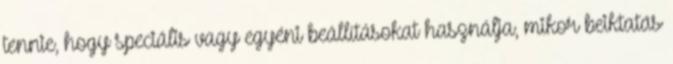
tennie, hogy speciális vagy egyéni beállításokat használja, mikor beiktatás